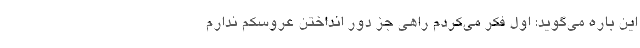
این باره می‌گوید: اول فکر می‌کردم راهی جز دور انداختن عروسکم ندارم